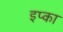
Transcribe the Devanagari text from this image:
इप्का